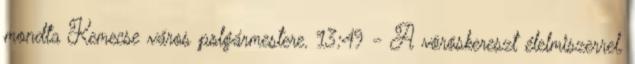
mondta Kemecse város polgármestere. 13:49 - A vöröskereszt élelmiszerrel,